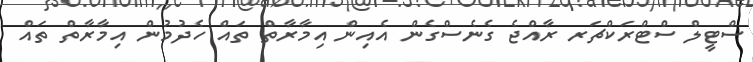
ސްޓީލް ސްޓްރަކްޗަރ ރާއްޖެ ގެނެސްގެން އެއިން އިމާރާތް ތައް ހެދުމުން އިމާރާތް ތައް